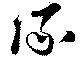
流